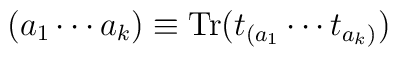
(a_1\cdots a_k) \equiv {\rm Tr}(t_{(a_1} \cdots t_{a_k)})